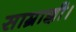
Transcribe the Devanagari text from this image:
साम्राज्ञी।